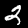
Digit: 2